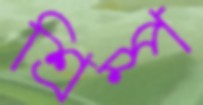
শ্রিম্প